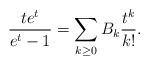
LaTeX: \begin{align*} \frac{te^t}{e^t-1}= \sum_{k\geq 0} B_k\frac{t^k}{k!}. \end{align*}